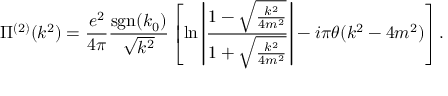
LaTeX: \Pi ^ { ( 2 ) } ( k ^ { 2 } ) = \frac { e ^ { 2 } } { 4 \pi } \frac { \mathrm { s g n } ( k _ { 0 } ) } { \sqrt { k ^ { 2 } } } \left[ \ln \left| \frac { 1 - \sqrt { \frac { k ^ { 2 } } { 4 m ^ { 2 } } } } { 1 + \sqrt { \frac { k ^ { 2 } } { 4 m ^ { 2 } } } } \right| - i \pi \theta ( k ^ { 2 } - 4 m ^ { 2 } ) \right] .